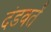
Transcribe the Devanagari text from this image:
दंडवतें